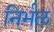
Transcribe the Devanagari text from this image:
निर्भल